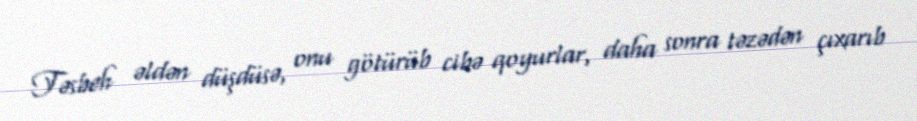
Təsbeh əldən düşdüsə, onu götürüb cibə qoyurlar, daha sonra təzədən çıxarıb